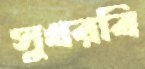
সুখরবি